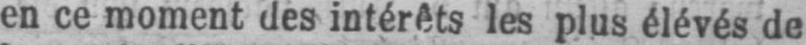
en ce moment des intérêts les plus élevés de